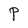
Character: P